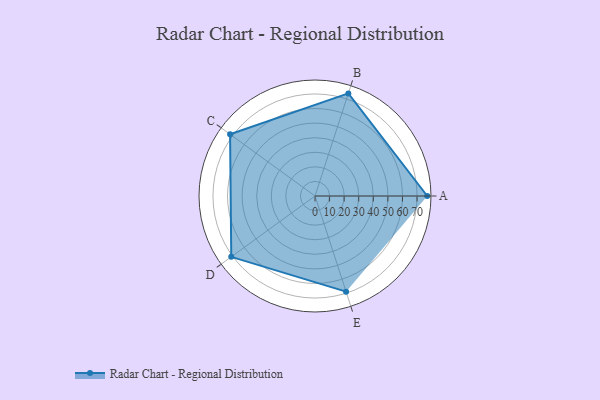
{"axis": {"x": "Skill", "y": "Score"}, "legend": ["Profile"], "data": [{"x": "A", "y": 77.0, "type": "Profile"}, {"x": "B", "y": 74.0, "type": "Profile"}, {"x": "C", "y": 72.0, "type": "Profile"}, {"x": "D", "y": 71.0, "type": "Profile"}, {"x": "E", "y": 69.0, "type": "Profile"}]}